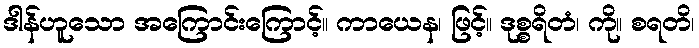
ဒါန်ဟူသော အကြောင်းကြောင့်။ ကာယေန၊ ဖြင့်။ ဒုစ္စရိတံ၊ ကို။ စရတိ၊